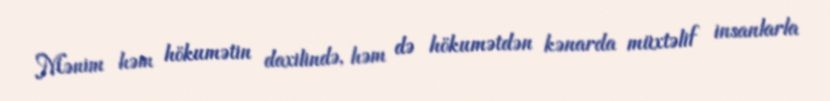
Mənim həm hökumətin daxilində, həm də hökumətdən kənarda müxtəlif insanlarla